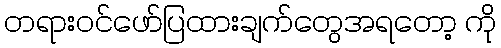
တရားဝင်ဖော်ပြထားချက်တွေအရတော့ ကို